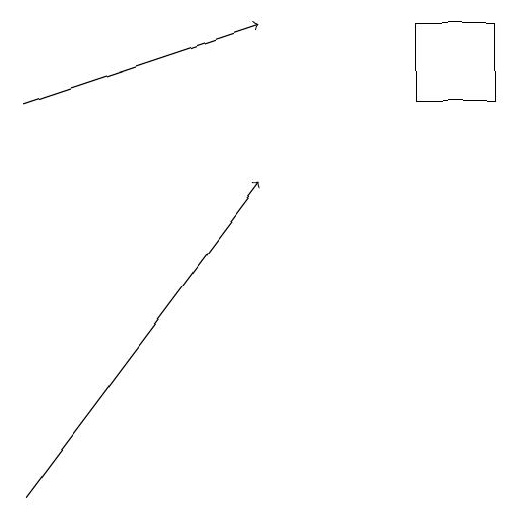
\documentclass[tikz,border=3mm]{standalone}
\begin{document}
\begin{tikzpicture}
\draw[->] (2,15) -- (5,16);
\draw (7,16) rectangle (8,15);
\draw[->] (2,10) -- (5,14);
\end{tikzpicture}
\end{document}